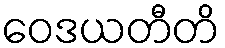
ဝေဒယတီတိ